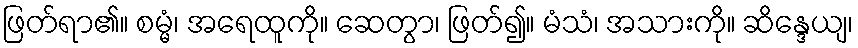
ဖြတ်ရာ၏။ စမ္မံ၊ အရေထူကို။ ဆေတွာ၊ ဖြတ်၍။ မံသံ၊ အသားကို။ ဆိန္ဒေယျ၊